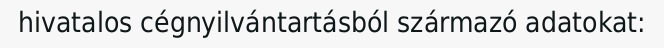
hivatalos cégnyilvántartásból származó adatokat: